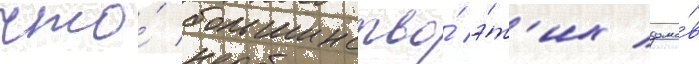
что́ большинство́ э́т'их домо́в